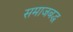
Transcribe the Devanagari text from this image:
समाजबद्ध